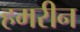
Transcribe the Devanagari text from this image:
हमरीन